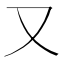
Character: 又